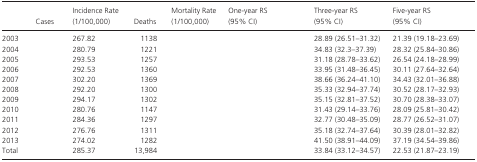
<table><thead><tr><td>[EMPTY_CELL]</td><td><b>Cases</b></td><td><b>Incidence Rate (1/100,000)</b></td><td><b>Deaths</b></td><td><b>Mortality Rate (1/100,000)</b></td><td><b>One‐year RS (95% CI)</b></td><td><b>Three‐year RS (95% CI)</b></td><td><b>Five‐year RS (95% CI)</b></td></tr></thead><tbody><tr><td>2003</td><td>[EMPTY_CELL]</td><td>267.82</td><td>1138</td><td>[EMPTY_CELL]</td><td>[EMPTY_CELL]</td><td>28.89 (26.51–31.32)</td><td>21.39 (19.18–23.69)</td></tr><tr><td>2004</td><td>[EMPTY_CELL]</td><td>280.79</td><td>1221</td><td>[EMPTY_CELL]</td><td>[EMPTY_CELL]</td><td>34.83 (32.3–37.39)</td><td>28.32 (25.84–30.86)</td></tr><tr><td>2005</td><td>[EMPTY_CELL]</td><td>293.53</td><td>1257</td><td>[EMPTY_CELL]</td><td>[EMPTY_CELL]</td><td>31.18 (28.78–33.62)</td><td>26.54 (24.18–28.99)</td></tr><tr><td>2006</td><td>[EMPTY_CELL]</td><td>292.53</td><td>1360</td><td>[EMPTY_CELL]</td><td>[EMPTY_CELL]</td><td>33.95 (31.48–36.45)</td><td>30.11 (27.64–32.64)</td></tr><tr><td>2007</td><td>[EMPTY_CELL]</td><td>302.20</td><td>1369</td><td>[EMPTY_CELL]</td><td>[EMPTY_CELL]</td><td>38.66 (36.24–41.10)</td><td>34.43 (32.01–36.88)</td></tr><tr><td>2008</td><td>[EMPTY_CELL]</td><td>292.20</td><td>1300</td><td>[EMPTY_CELL]</td><td>[EMPTY_CELL]</td><td>35.33 (32.94–37.74)</td><td>30.52 (28.17–32.93)</td></tr><tr><td>2009</td><td>[EMPTY_CELL]</td><td>294.17</td><td>1302</td><td>[EMPTY_CELL]</td><td>[EMPTY_CELL]</td><td>35.15 (32.81–37.52)</td><td>30.70 (28.38–33.07)</td></tr><tr><td>2010</td><td>[EMPTY_CELL]</td><td>280.76</td><td>1147</td><td>[EMPTY_CELL]</td><td>[EMPTY_CELL]</td><td>31.43 (29.14–33.76)</td><td>28.09 (25.81–30.42)</td></tr><tr><td>2011</td><td>[EMPTY_CELL]</td><td>284.36</td><td>1297</td><td>[EMPTY_CELL]</td><td>[EMPTY_CELL]</td><td>32.77 (30.48–35.09)</td><td>28.77 (26.52–31.07)</td></tr><tr><td>2012</td><td>[EMPTY_CELL]</td><td>276.76</td><td>1311</td><td>[EMPTY_CELL]</td><td>[EMPTY_CELL]</td><td>35.18 (32.74–37.64)</td><td>30.39 (28.01–32.82)</td></tr><tr><td>2013</td><td>[EMPTY_CELL]</td><td>274.02</td><td>1282</td><td>[EMPTY_CELL]</td><td>[EMPTY_CELL]</td><td>41.50 (38.91–44.09)</td><td>37.19 (34.54–39.86)</td></tr><tr><td>Total</td><td>[EMPTY_CELL]</td><td>285.37</td><td>13,984</td><td>[EMPTY_CELL]</td><td>[EMPTY_CELL]</td><td>33.84 (33.12–34.57)</td><td>22.53 (21.87–23.19)</td></tr></tbody></table>